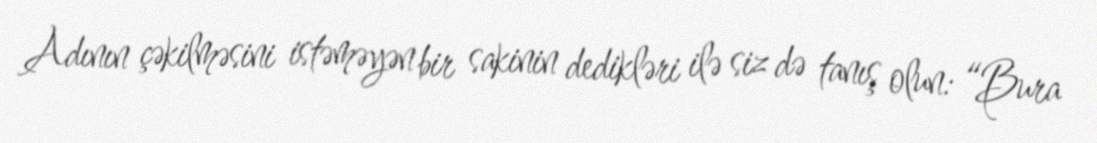
Adının çəkilməsini istəməyən bir sakinin dedikləri ilə siz də tanış olun: “Bura